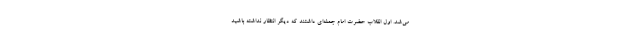
می‌شد. اول انقلاب حضرت امام جمله‌ای داشتند که دیگر انتظار نداشته باشید